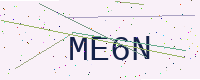
Text: ME6N